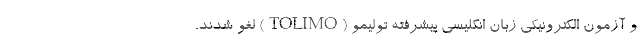
و آزمون الکترونیکی زبان انگلیسی پیشرفته تولیمو (TOLIMO) لغو شدند.